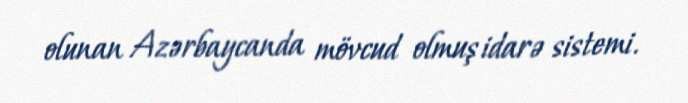
olunan Azərbaycanda mövcud olmuş idarə sistemi.